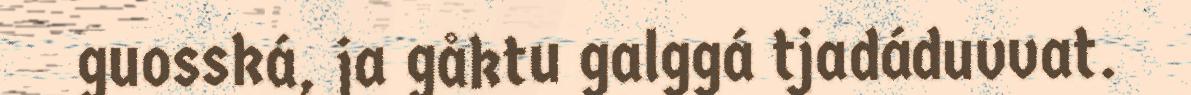
guosská, ja gåktu galggá tjadáduvvat.